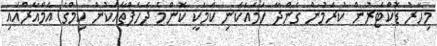
މިހާރު ޑޮކްޓަރުން ކުރަމުން ގެންދާ ހަމައެކަނި ކަމަކީ ކޮންމެ ދެހަފްތާއަކުން ކިމްގެ އެމްއާރްއައި